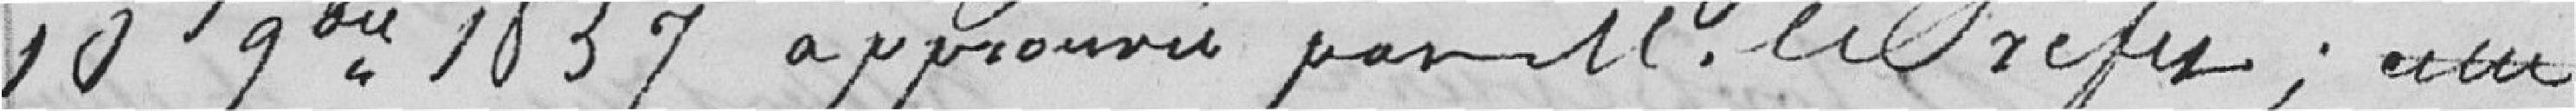
10 gbre 1839 approuvé par M. le Préfet;